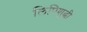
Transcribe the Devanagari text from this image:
लिपिशुद्धी